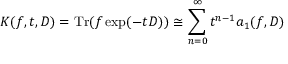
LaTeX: K ( f , t , D ) = \mathrm { T r } ( f \exp ( - t D ) ) \cong \sum _ { n = 0 } ^ { \infty } t ^ { n - 1 } a _ { 1 } ( f , D )